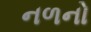
નળનો